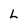
Character: l